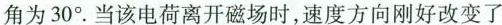
角为30°。当该电荷离开磁场时，速度方向刚好改变了